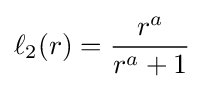
\ell _{2}(r)={\frac {r^{a}}{r^{a}+1}}